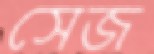
সেজ